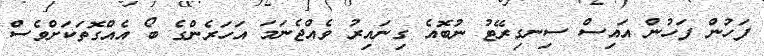
ފަހުން ފަހުން އައިސް ސިނގިރޭޓު ނުބޮއެ ގިނައިރު ވެއްޖެނަމަ އަހަރެންގެ ބޯ އެއްގޮތަކަށްވެސް